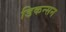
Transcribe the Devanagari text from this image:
डिकन्सन